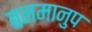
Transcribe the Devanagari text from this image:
बनमानुप